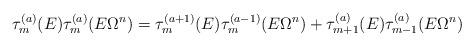
LaTeX: \begin{align*}\tau^{(a)}_{m}(E) \tau^{(a)}_m (E\Omega^n) = \tau^{(a+1)}_{m}(E) \tau^{(a-1)}_{m}(E \Omega^n) + \tau^{(a)}_{m+1}(E) \tau^{(a)}_{m-1}(E \Omega^n)\end{align*}